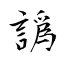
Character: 譌